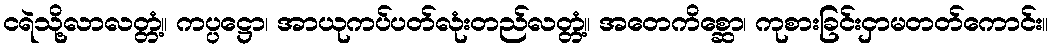
ငရဲသို့လာလတ္တံ့။ ကပ္ပဋ္ဌော၊ အာယုကပ်ပတ်လုံးတည်လတ္တံ့။ အတေကိစ္ဆော၊ ကုစားခြင်းငှာမတတ်ကောင်း။